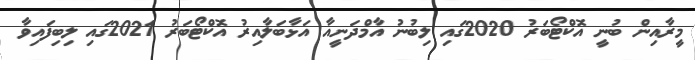
މީރާއިން ބުނީ އޮކްޓޯބަރު 2020ގައި ލިބުނު އާމްދަނީއާ އަޅާބަލާއިރު އޮކްޓޯބަރު 2021ގައި ލިބިފައިވާ